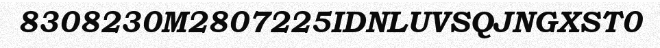
8308230M2807225IDNLUVSQJNGXST0